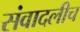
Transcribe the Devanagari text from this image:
संवादलीच